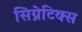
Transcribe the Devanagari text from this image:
सिग्नेटिक्स